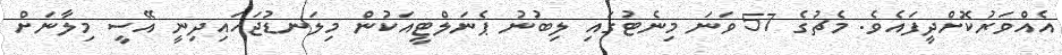
އެއްވަރުކޮށްދީފައެވެ. މެޗުގެ 57 ވަނަ މިނެޓުގައި ލިބުނު ޕެނަލްޓީއަކުން މިލަނޑުޖަހައިދިނީ އޭސީ މިލާނަށް